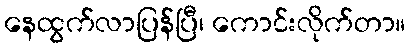
နေထွက်လာပြန်ပြီ၊ ကောင်းလိုက်တာ။